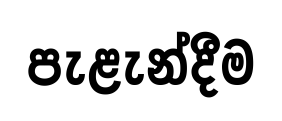
පැළැන්දීම